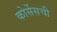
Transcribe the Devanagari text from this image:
कोर्सेसची